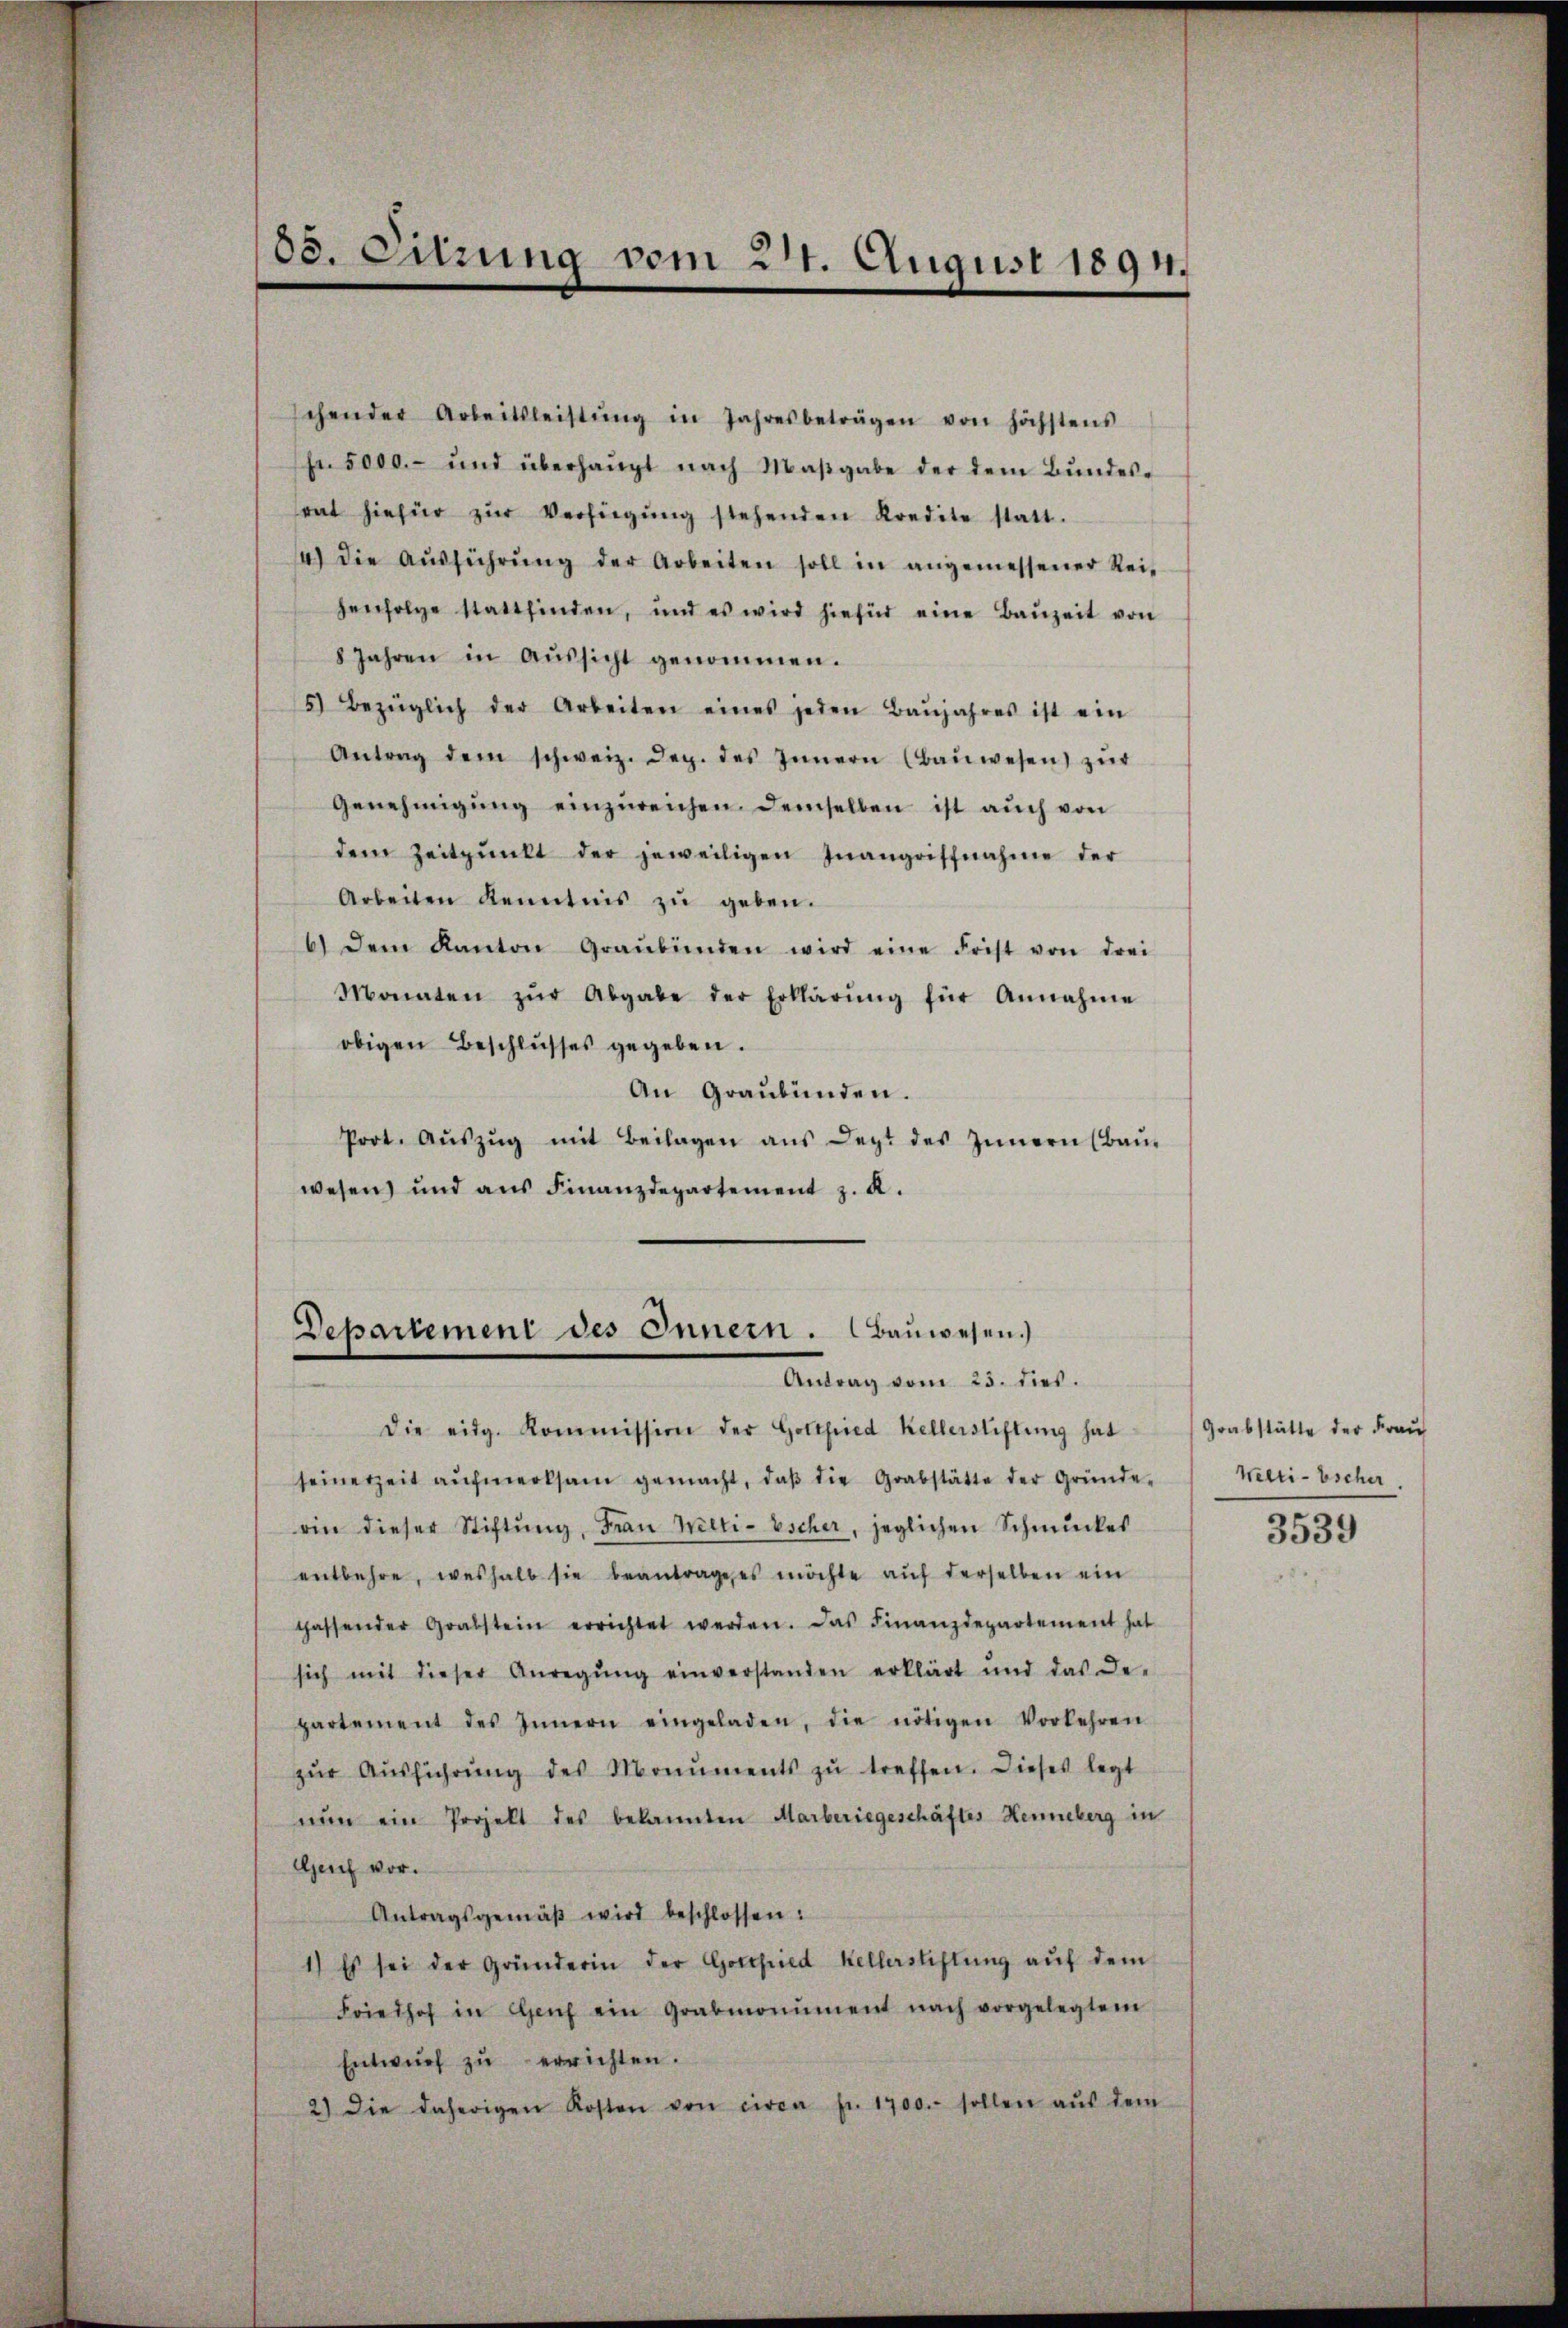
08. Sitzung vom 27. August 1891.

schen der Arbeitsleistŭng in Jahresbeträgen von höchstens
fr. 5000.- und überhaŭpt nach Maβgabe der dem Bŭndes-
rat hiefür zŭr Verfügŭng stehenden Kredite statt.
14) die Aŭsführŭng der Arbeiten soll in angemessener Rei-
henfolge stattfinden, und es wird hiefür eine Baŭzeit von
8 Jahren in Aŭssicht genommen.
5) Bezüglich der Arbeiten eines jeden Baŭjahres ist ein
Antrag dem schweiz. Dez. des Innern (Baŭwesen zŭr
Genehmigŭng einzŭreichen demselben ist auch von
dem Zeitpunkt der jeweiligen Inangriffnahme der
Arbeiten Kenntnis zŭ geben.
6) dem Kanton Graubünden wird eine Frist von drei
Monaten zŭr Abgabe der Erklärŭng für Annahme
obigen Beschlusses gegeben.
An Graubünden.
Prot. Aŭszŭg mit Beilagen ans legt des Innern (Baŭ-
wesen und ans Finanzdepartement z. A.

Departement des Innern. Bauwesen.)
Antrag vom 25. dies.

Die eidg. Kommission der Gottfried Kellerstiftung hat
seinerzeit aŭfmerksam gemacht, daβ die Grabstätte der Gründe-
rin dieser Stiftŭng, Frau Welti-Escher, jeglichen Schmuckes
entbehre, weshalb sie beantrage es möchte auf derselben ein
chassender Grabstein errichtet werden. Das Finanzdepartement hat
sich mit dieser Anregŭng einverstanden erklärt und das Be-
partement des Innern eingeladen, die nötigen Vorkehren
zŭr Aŭsführŭng des Monuments zŭ treffen. Dieses legt
nŭn ein Projekt des bekannten Marberiegeschäftes Henneberg in
Genf vor.
Antragsgemäβ wird beschlossen:
1) Es sei der Gründerin der Gottfried Kellerstiftŭng aŭf dem
Friedhof in Genf ein Grabmonument nach vorgelegtem
Entwŭrf zu errichten.
2) Die daherigen Kosten von circa Fr. 1700. sollen aŭs dem

Grabstätte der Frau
Welti-Escher.

3539